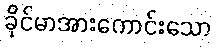
ခိုင်မာအားကောင်းသော